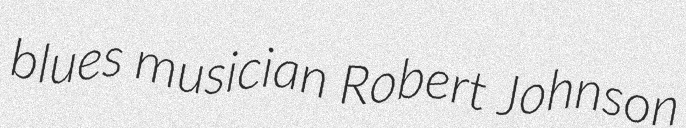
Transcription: blues musician Robert Johnson